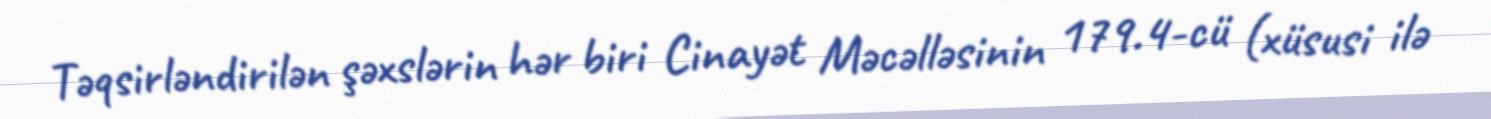
Təqsirləndirilən şəxslərin hər biri Cinayət Məcəlləsinin 179.4-cü (xüsusi ilə